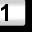
Digit: 1